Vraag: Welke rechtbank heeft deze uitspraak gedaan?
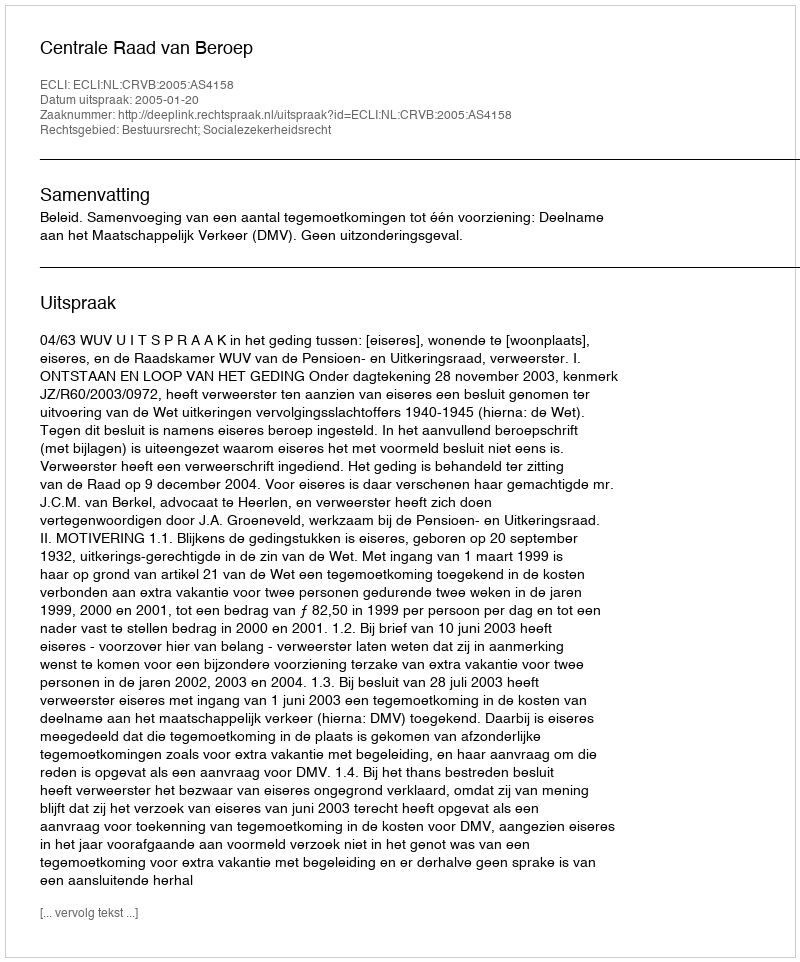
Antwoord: Centrale Raad van Beroep